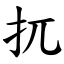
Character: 扤